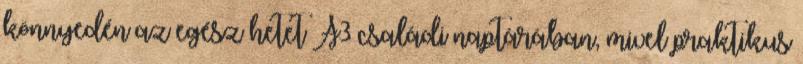
könnyedén az egész hetet A3 családi naptárában, mivel praktikus